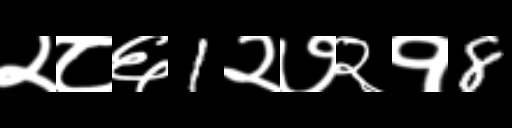
Text: २८६1२७२१8